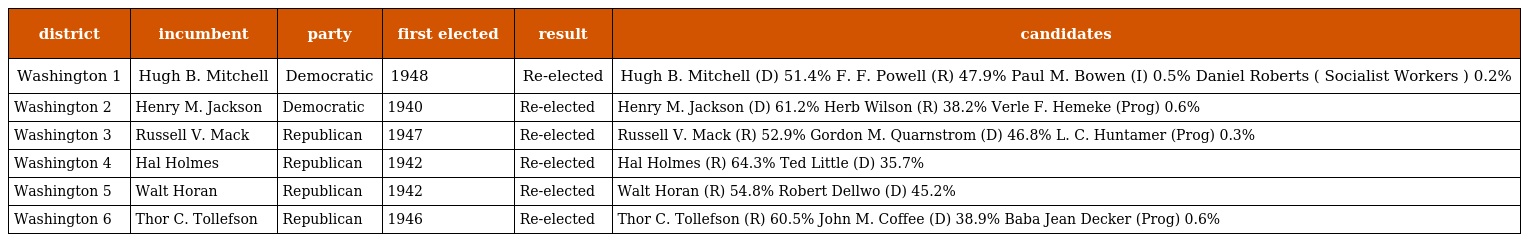
| district | incumbent | party | first elected | result | candidates |
 | --- | --- | --- | --- | --- | --- |
 | Washington 1 | Hugh B. Mitchell | Democratic | 1948 | Re-elected | Hugh B. Mitchell (D) 51.4% F. F. Powell (R) 47.9% Paul M. Bowen (I) 0.5% Daniel Roberts ( Socialist Workers ) 0.2% |
 | Washington 2 | Henry M. Jackson | Democratic | 1940 | Re-elected | Henry M. Jackson (D) 61.2% Herb Wilson (R) 38.2% Verle F. Hemeke (Prog) 0.6% |
 | Washington 3 | Russell V. Mack | Republican | 1947 | Re-elected | Russell V. Mack (R) 52.9% Gordon M. Quarnstrom (D) 46.8% L. C. Huntamer (Prog) 0.3% |
 | Washington 4 | Hal Holmes | Republican | 1942 | Re-elected | Hal Holmes (R) 64.3% Ted Little (D) 35.7% |
 | Washington 5 | Walt Horan | Republican | 1942 | Re-elected | Walt Horan (R) 54.8% Robert Dellwo (D) 45.2% |
 | Washington 6 | Thor C. Tollefson | Republican | 1946 | Re-elected | Thor C. Tollefson (R) 60.5% John M. Coffee (D) 38.9% Baba Jean Decker (Prog) 0.6% |